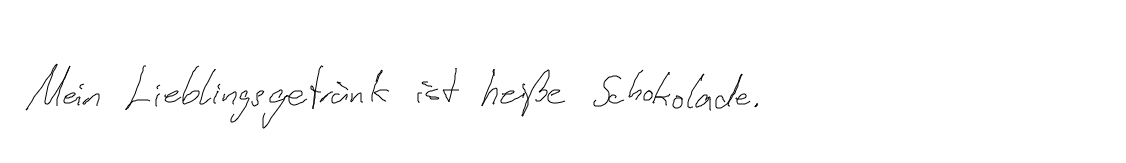
Mein Lieblingsgetränk ist heiße Schokolade.